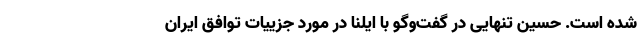
شده است. حسین تنهایی در گفت‌وگو با ایلنا در مورد جزییات توافق ایران